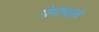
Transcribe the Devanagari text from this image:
गोमंतकाचे